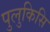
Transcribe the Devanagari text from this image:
पुलुकिसि